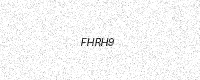
Text: FHRH9